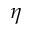
\eta